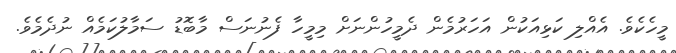
މީހެކެވެ. އެއްލި ކަޅިއަކުން އަހަރުމެން ދެމީހުންނަށް މިމީހާ ފެނުނަސް މާބޮޑު ސަމާލުކަމެއް ނުދެމެވެ.